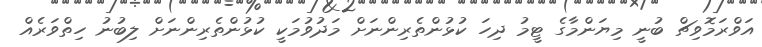
އަވްރަމޮވިޗް ބުނީ މިޔަންމާގެ ޓީމު ދިހަ ކުޅުންތެރިންނަށް މަދުވުމަކީ ކުޅުންތެރިންނަށް ލިބުނު ހިތްވަރެއް